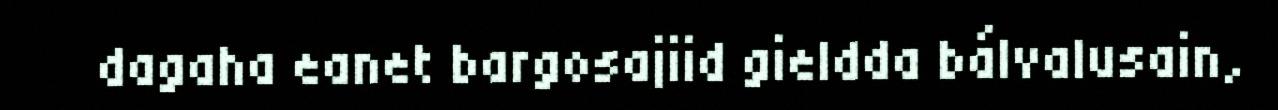
dagaha eanet bargosajiid gieldda bálvalusain,